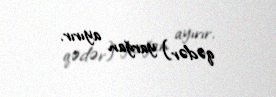
qədər) yarğan ayırır.